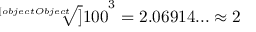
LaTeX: { \sqrt [ [object Object] ] { 1 0 0 } } ^ { 3 } = 2 . 0 6 9 1 4 . . . \approx 2